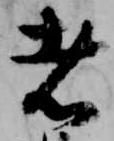
者